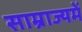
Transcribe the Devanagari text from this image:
साम्राज्यमें